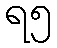
ရ၅